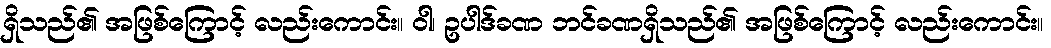
ရှိသည်၏ အဖြစ်ကြောင့် လည်းကောင်း။ ဝါ၊ ဥပါဒ်ခဏ ဘင်ခဏရှိသည်၏ အဖြစ်ကြောင့် လည်းကောင်း။